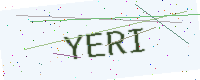
Text: YERI